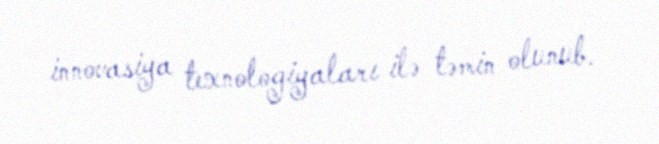
innovasiya texnologiyaları ilə təmin olunub.